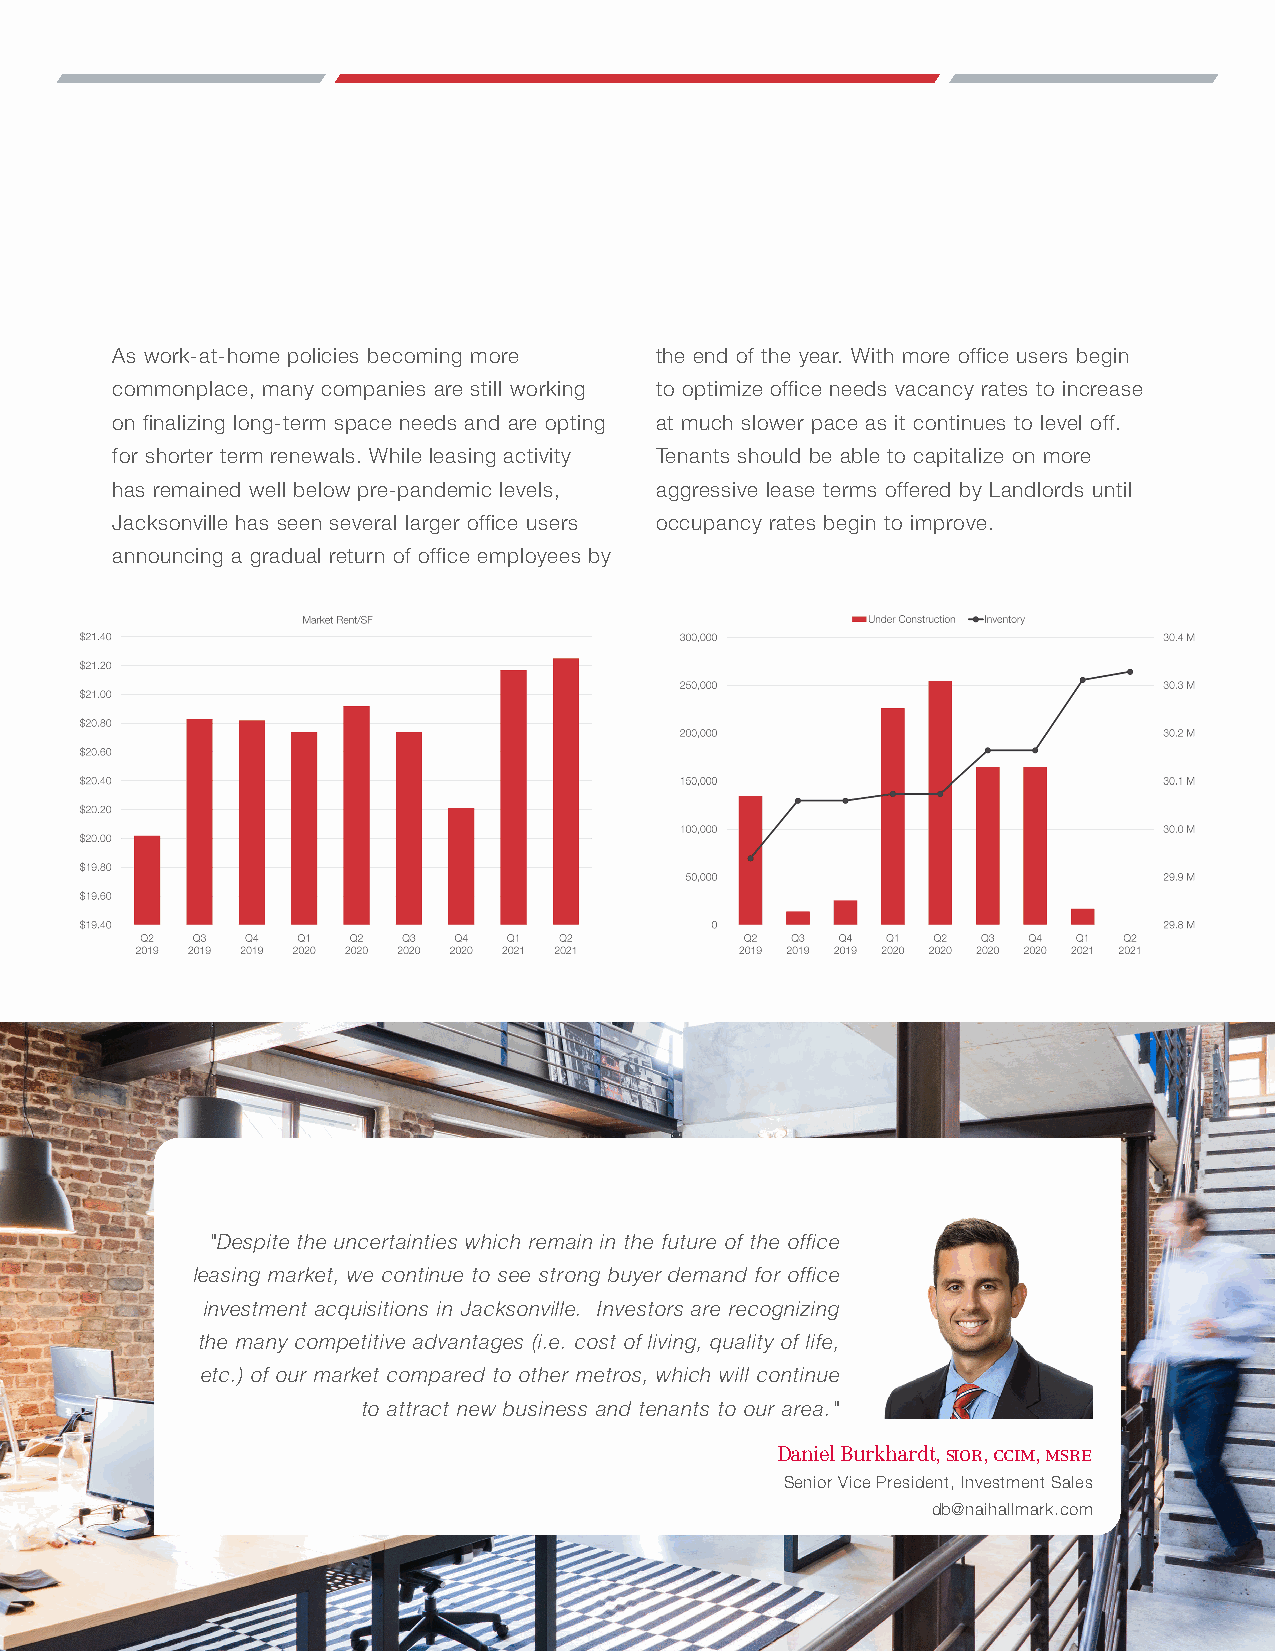
As work-at-home policies becoming more the end of the year. With more office users begin
 commonplace, many companies are still working to optimize office needs vacancy rates to increase
 on finalizing long-term space needs and are opting at much slower pace as it continues to level off.
 for shorter term renewals. While leasing activity Tenants should be able to capitalize on more
 has remained well below pre-pandemic levels, aggressive lease terms offered by Landlords until
 Jacksonville has seen several larger office users occupancy rates begin to improve.
 announcing a gradual return of office employees by
 "Despite the uncertainties which remain in the future of the office
 leasing market, we continue to see strong buyer demand for office
 investment acquisitions in Jacksonville. Investors are recognizing
 the many competitive advantages (i.e. cost of living, quality of life,
 etc.) of our market compared to other metros, which will continue
 to attract new business and tenants to our area."
 Daniel Burkhardt, sior, ccim, msre
 Senior Vice President, Investment Sales
 db@naihallmark.com
 6675 Corporate Center Parkway, Suite 100 | Jacksonville, FL 32216 | +1 904 363 9002 | naihallmark.com